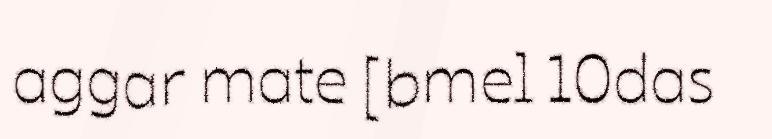
aggar mate [bmel 10das